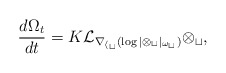
\begin{align*} \frac{d \Omega_t}{d t} = K \cal{L}_{\nabla_{h_t} (\log |\Omega_t|_{\omega_t})} \Omega_t,\end{align*}